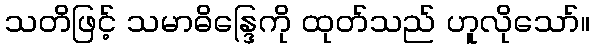
သတိဖြင့် သမာဓိန္ဒြေကို ထုတ်သည် ဟူလိုသော်။